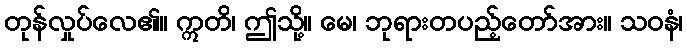
တုန်လှုပ်လေ၏။ ဣတိ၊ ဤသို့။ မေ၊ ဘုရားတပည့်တော်အား။ သဝနံ၊